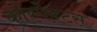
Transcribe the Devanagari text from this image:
कोंस्पेक्टस